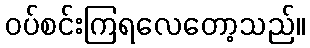
ဝပ်စင်းကြရလေတော့သည်။